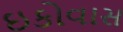
ઇકોવાસ